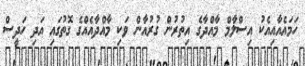
ހަމައެއާއިއެކު އިސްލާމް މާއްދާގެ އިތުރުން ގުރުއާން ވަކި މާއްދާއެއްގެ ގޮތުގައި އަދި ހަދީސް